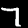
Digit: 7